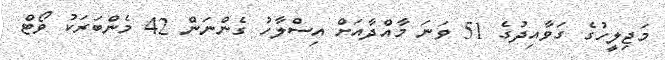
މަޖިލީހުގެ ގަވާއިދުގެ 51 ވަނަ މާއްދާއަށް އިސްލާހު ގެންނަން 42 މެންބަރަކު ވޯޓް